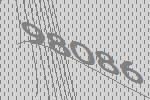
98086